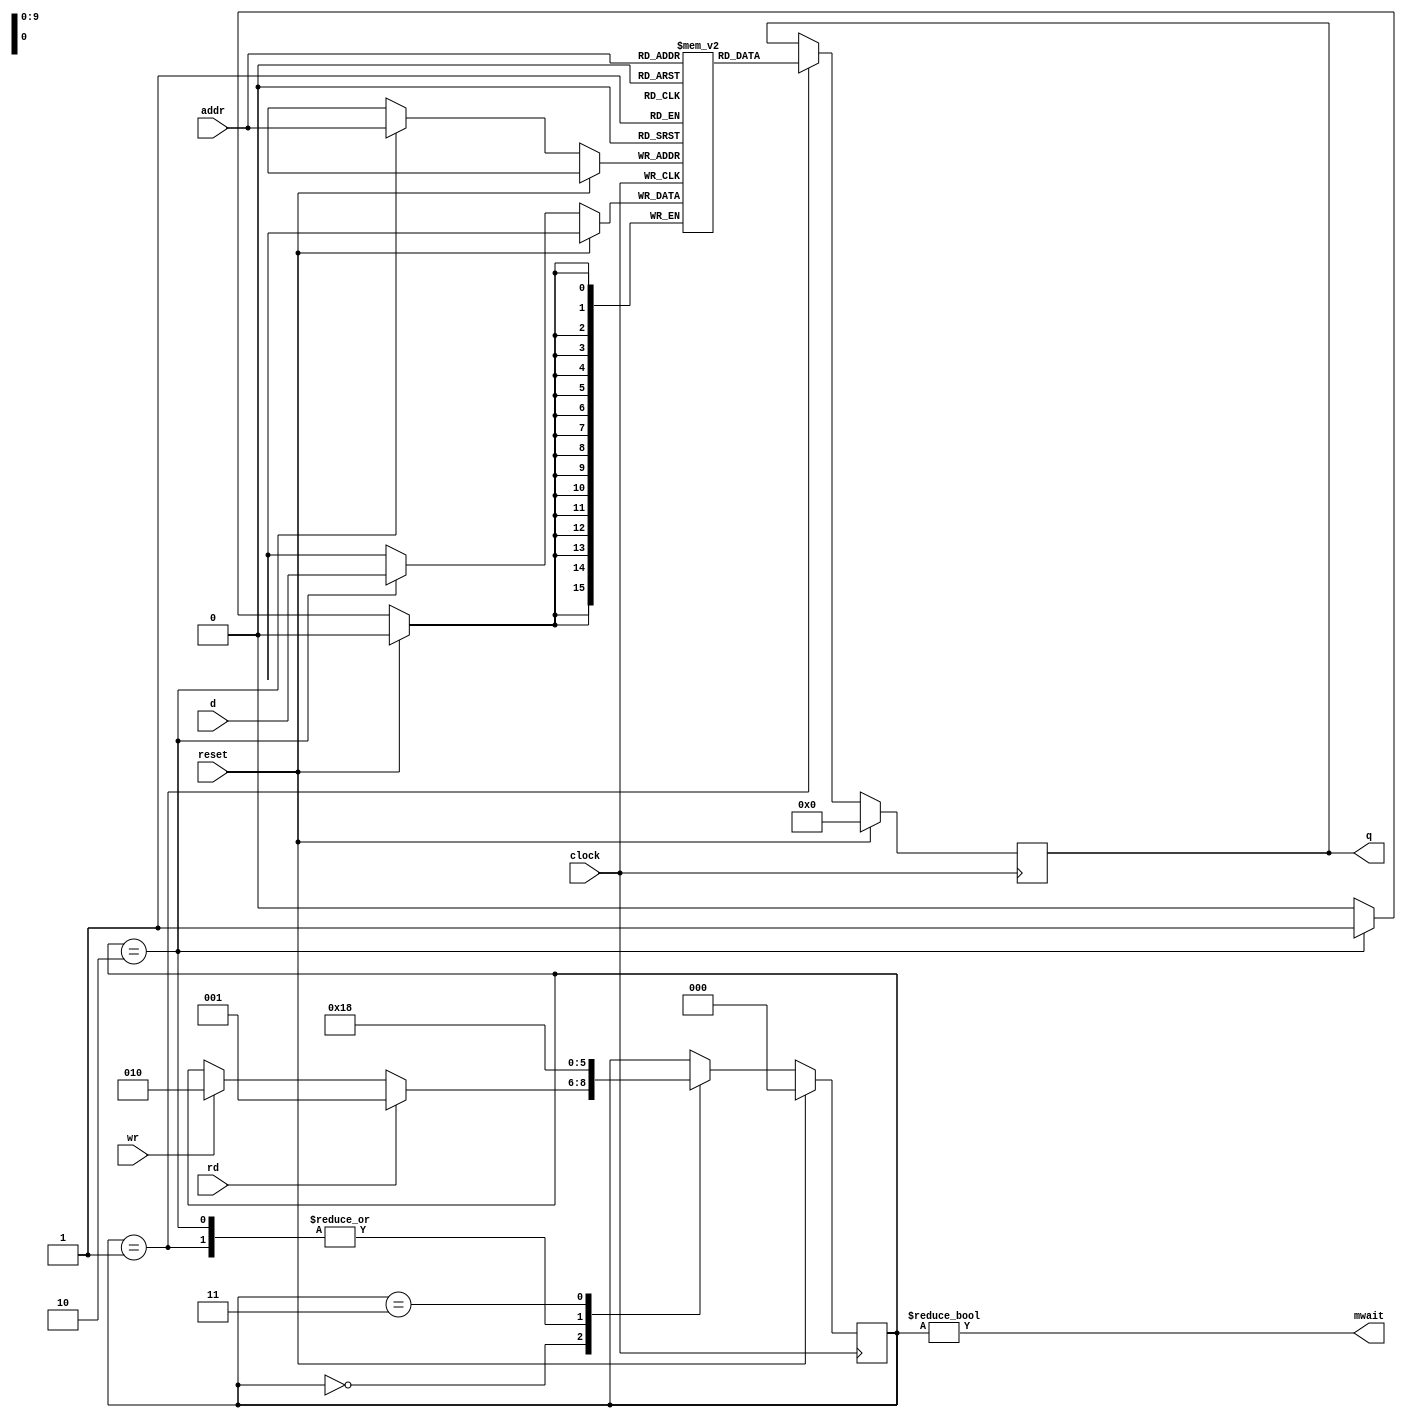
module Mem (
	input clock, reset,
	input [9:0] addr,
	input [15:0] d,
	input rd,
	input wr,
	output reg [15:0] q,
	output mwait
);

	reg [15:0] m[0:1023];
	reg [2:0] mstate;
        reg [9:0] a;

	assign mwait = mstate != 2'd0;
        parameter IDLE = 2'd0;
        parameter READ = 2'd1;
        parameter WRITE= 2'd2;
        parameter DELAY= 2'd3;
   
   always @ (posedge clock)
      if (reset) begin
	 q <= 16'd0;
	 mstate <= IDLE;
      end
      else begin
	 case (mstate)
	   IDLE:
	     if (rd)
	       mstate <= READ;
	     else if (wr)
	       mstate <= WRITE;
	   READ:
	     begin
		q <= m[addr];
		mstate <= DELAY;
	     end
	   WRITE:
	     begin
		m[addr] <= d;
		mstate <= DELAY;
	     end
	   DELAY:
	     mstate <= IDLE;
	 endcase // case (mstate)
      end
endmodule